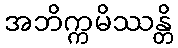
အဘိက္ကမိဿန္တိ